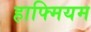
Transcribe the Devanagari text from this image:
हाफ्मियम